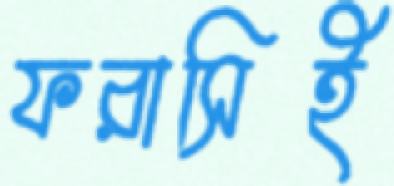
ফরাসিই